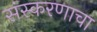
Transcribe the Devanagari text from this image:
संस्करणाचा